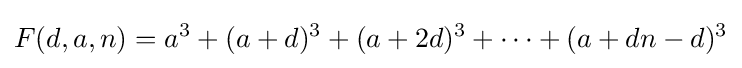
F(d,a,n)=a^{3}+(a+d)^{3}+(a+2d)^{3}+\cdots +(a+dn-d)^{3}